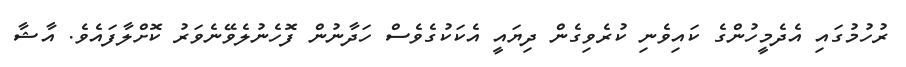
ރުހުމުގައި އެދެމީހުންގެ ކައިވެނި ކުރެވިގެން ދިޔައީ އެކަކުގެވެސް ހަދާނުން ފޮހެނުލެވޭނެވަރު ކޮށްލާފައެވެ. އާޝާ